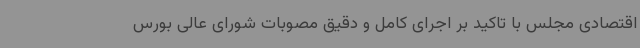
اقتصادی مجلس با تاکید بر اجرای کامل و دقیق مصوبات شورای عالی بورس